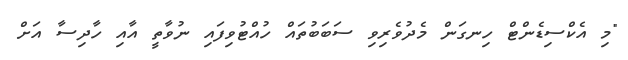
"މި އެކްސިޑެންޓް ހިނގަން މެދުވެރިވި ސަބަބުތައް ހުއްޓުވިފައި ނުވާތީ އާއި ހާދިސާ އަށް